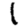
Digit: 1